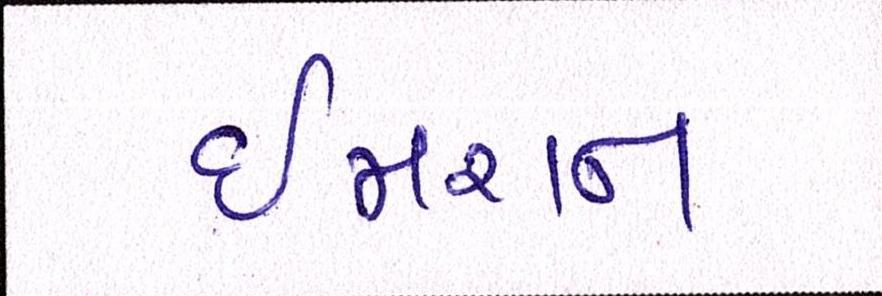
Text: ઈમરાન